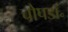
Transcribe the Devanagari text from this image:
चोपडॉ॰